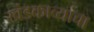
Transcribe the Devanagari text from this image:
खंडकाव्यांचा